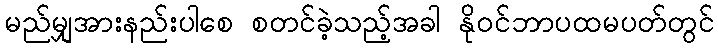
မည်မျှအားနည်းပါစေ စတင်ခဲ့သည့်အခါ နိုဝင်ဘာပထမပတ်တွင်